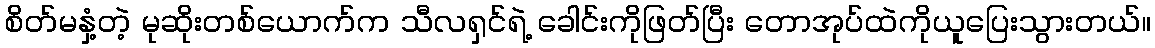
စိတ်မနှံ့တဲ့ မုဆိုးတစ်ယောက်က သီလရှင်ရဲ့ ခေါင်းကိုဖြတ်ပြီး တောအုပ်ထဲကိုယူပြေးသွားတယ်။